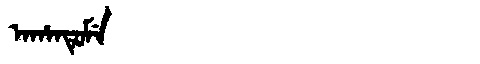
Manchu: ᠠᡥᠠᠨᡨᡠᠮᡝ
Romanization: AHANTUME